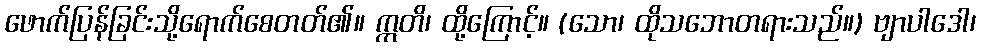
ဖောက်ပြန်ခြင်းသို့ရောက်စေတတ်၏။ ဣတိ၊ ထို့ကြောင့်။ (သော၊ ထိုသဘောတရားသည်။) ဗျာပါဒေါ၊